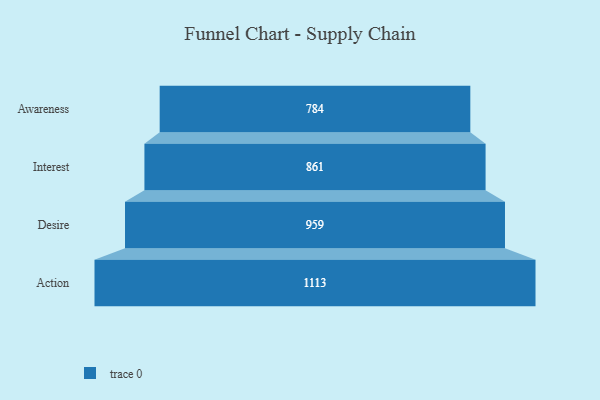
{"axis": {"x": "Stage", "y": "Value"}, "legend": [""], "data": [{"x": "Awareness", "y": 784.0, "type": ""}, {"x": "Interest", "y": 861.0, "type": ""}, {"x": "Desire", "y": 959.0, "type": ""}, {"x": "Action", "y": 1113.0, "type": ""}]}